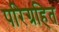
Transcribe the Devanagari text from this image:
परिग्रहित